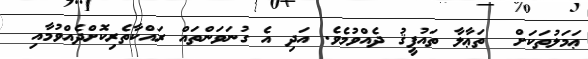
ޢަމަލުތަކަށް  ތަޢާލާ ތައުފީޤު ދެއްވުމެވެ. އަދި އެ ގުނަވަންތައް ރައްކާތެރިކޮށްދެއްވުމާއި